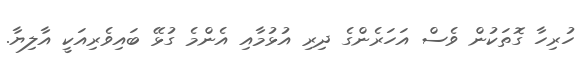
ހުރިހާ ގޮތަކުން ވެސް އަހަރެންގެ ދިރި އުޅުމާއި އެންމެ ގުޅޭ ބައިވެރިއަކީ އާލިޔާ.